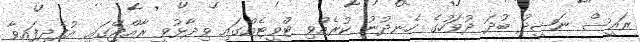
ރައީސް ނަޝީދު ބުދަ ދުވަހުގެ ހެނދުނު ކުރެއްވި ޓްވީޓެއްގައި ވިދާޅުވީ ރާއްޖޭގައި އުފެދިފައިވާ